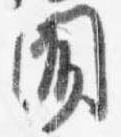
聞